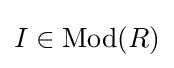
I\in {\text{Mod}}(R)